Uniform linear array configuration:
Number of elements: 12
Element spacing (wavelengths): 0.25
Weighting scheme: binomial
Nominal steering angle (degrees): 30
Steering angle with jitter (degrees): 31.105
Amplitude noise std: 0.05
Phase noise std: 0.05

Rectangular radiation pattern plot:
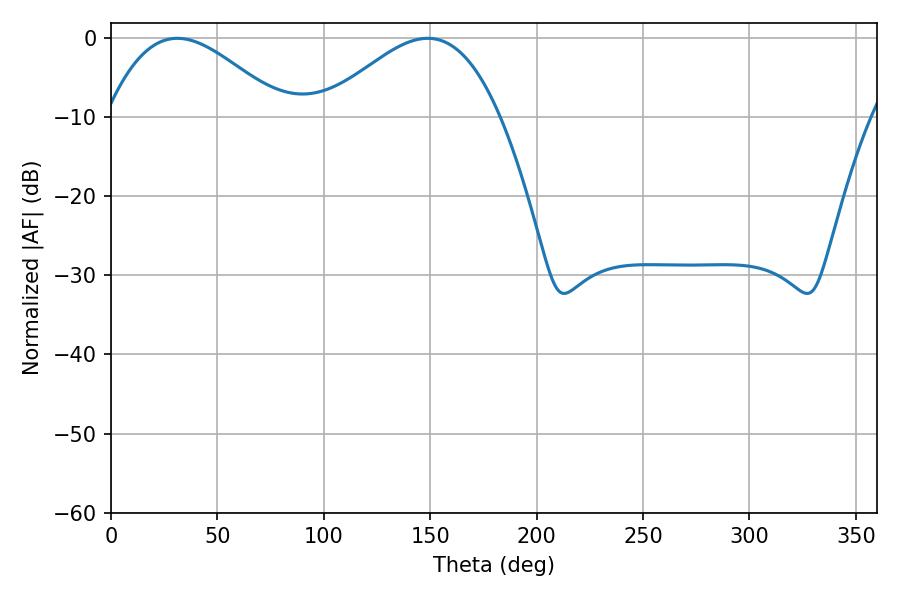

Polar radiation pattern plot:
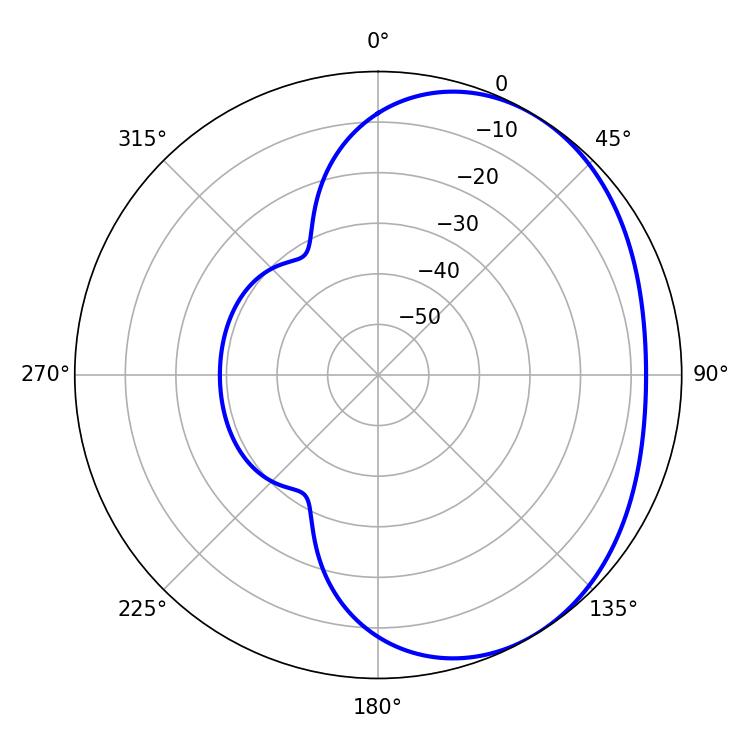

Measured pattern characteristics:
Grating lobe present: FALSE
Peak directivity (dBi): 2.987
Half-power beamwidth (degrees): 44.82
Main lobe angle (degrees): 31.14